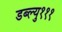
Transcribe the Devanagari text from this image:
डब्ल्यु१११